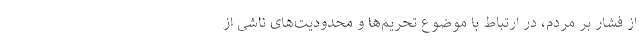
از فشار بر مردم، در ارتباط با موضوع تحریم‌ها و محدودیت‌های ناشی از